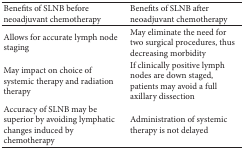
<table><thead><tr><td><b>Benefits of SLNB before neoadjuvant chemotherapy</b></td><td><b>Benefits of SLNB after neoadjuvant chemotherapy</b></td></tr></thead><tbody><tr><td>Allows for accurate lymph node staging</td><td>May eliminate the need for two surgical procedures, thus decreasing morbidity</td></tr><tr><td>May impact on choice of systemic therapy and radiation therapy</td><td>If clinically positive lymph nodes are down staged, patients may avoid a full axillary dissection</td></tr><tr><td>Accuracy of SLNB may be superior by avoiding lymphatic changes induced by chemotherapy</td><td>Administration of systemic therapy is not delayed</td></tr></tbody></table>